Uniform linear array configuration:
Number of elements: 48
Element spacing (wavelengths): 0.75
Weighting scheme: binomial
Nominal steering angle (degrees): -15
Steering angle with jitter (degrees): -15.185
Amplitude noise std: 0.05
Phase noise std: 0.05

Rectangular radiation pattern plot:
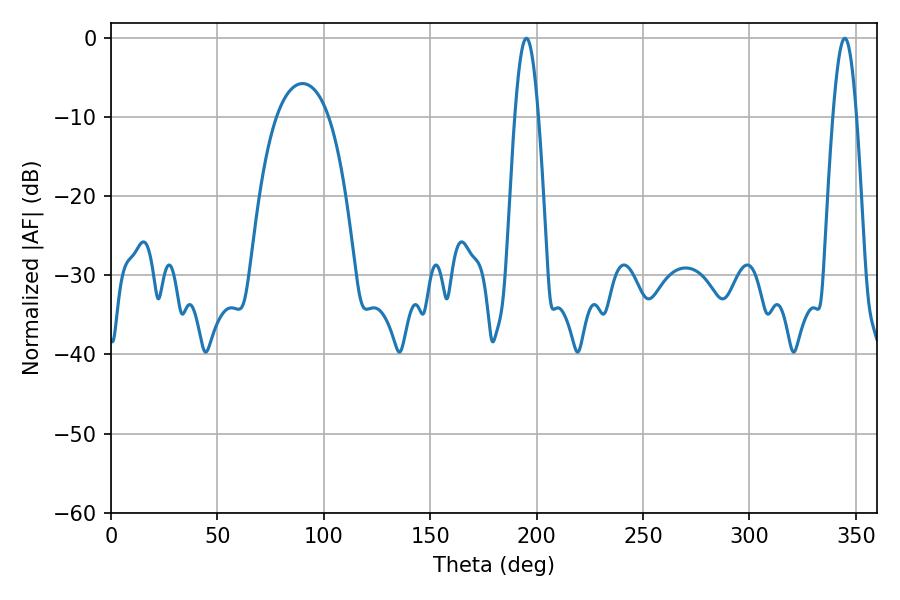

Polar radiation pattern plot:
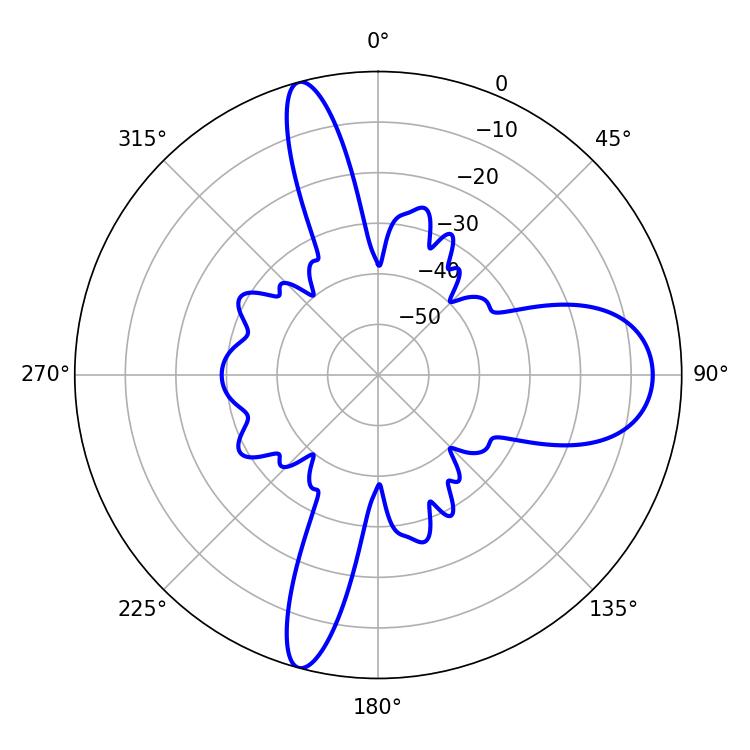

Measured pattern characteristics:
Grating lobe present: TRUE
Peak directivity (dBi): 17.066
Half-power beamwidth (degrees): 5.94
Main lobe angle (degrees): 195.12